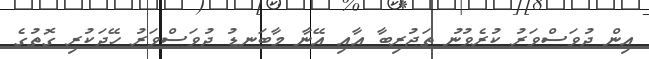
އިން ދުވަސްވަރު ކުރެވުނު ތަޖުރިބާ އާއި އޭނާ މާބަނޑު ދުވަސްވަރު ހޭދަކުރި ގޮތުގެ